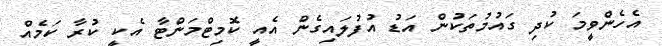
އެހެންވީމަ ކުދި ގައުމުތަކުން އަޑު އުފުލައިގެން އެއީ ކޮމިޓްމަންޓާ އެކީ ކުރާ ކަމެއް